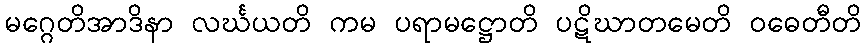
မဂ္ဂေတိအာဒိနာ လင်္ဃယတိ ကမ ပရာမဋ္ဌောတိ ပဋိဃာတမေတိ ဝဓေတီတိ